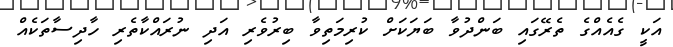
އަކީ ގެއެއްގެ ތެރޭގައި ބަންދުވާ ބަޔަކަށް ކުރިމަތިވާ ބިރުވެރި އަދި ނުރައްކާތެރި ހާދިސާތަކެއް